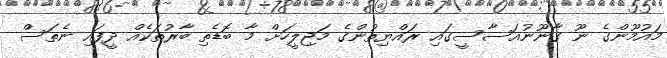
މައުމޫންގެ ނޫ ގާނޫނުއަސާސީގައި ރައްޔިތުންގެ މަޖިލީހަށް މާ ބޮޑެތި ބާރުތަކެއް ދީފައި ނެތަސް